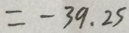
= - 3 9 . 2 5